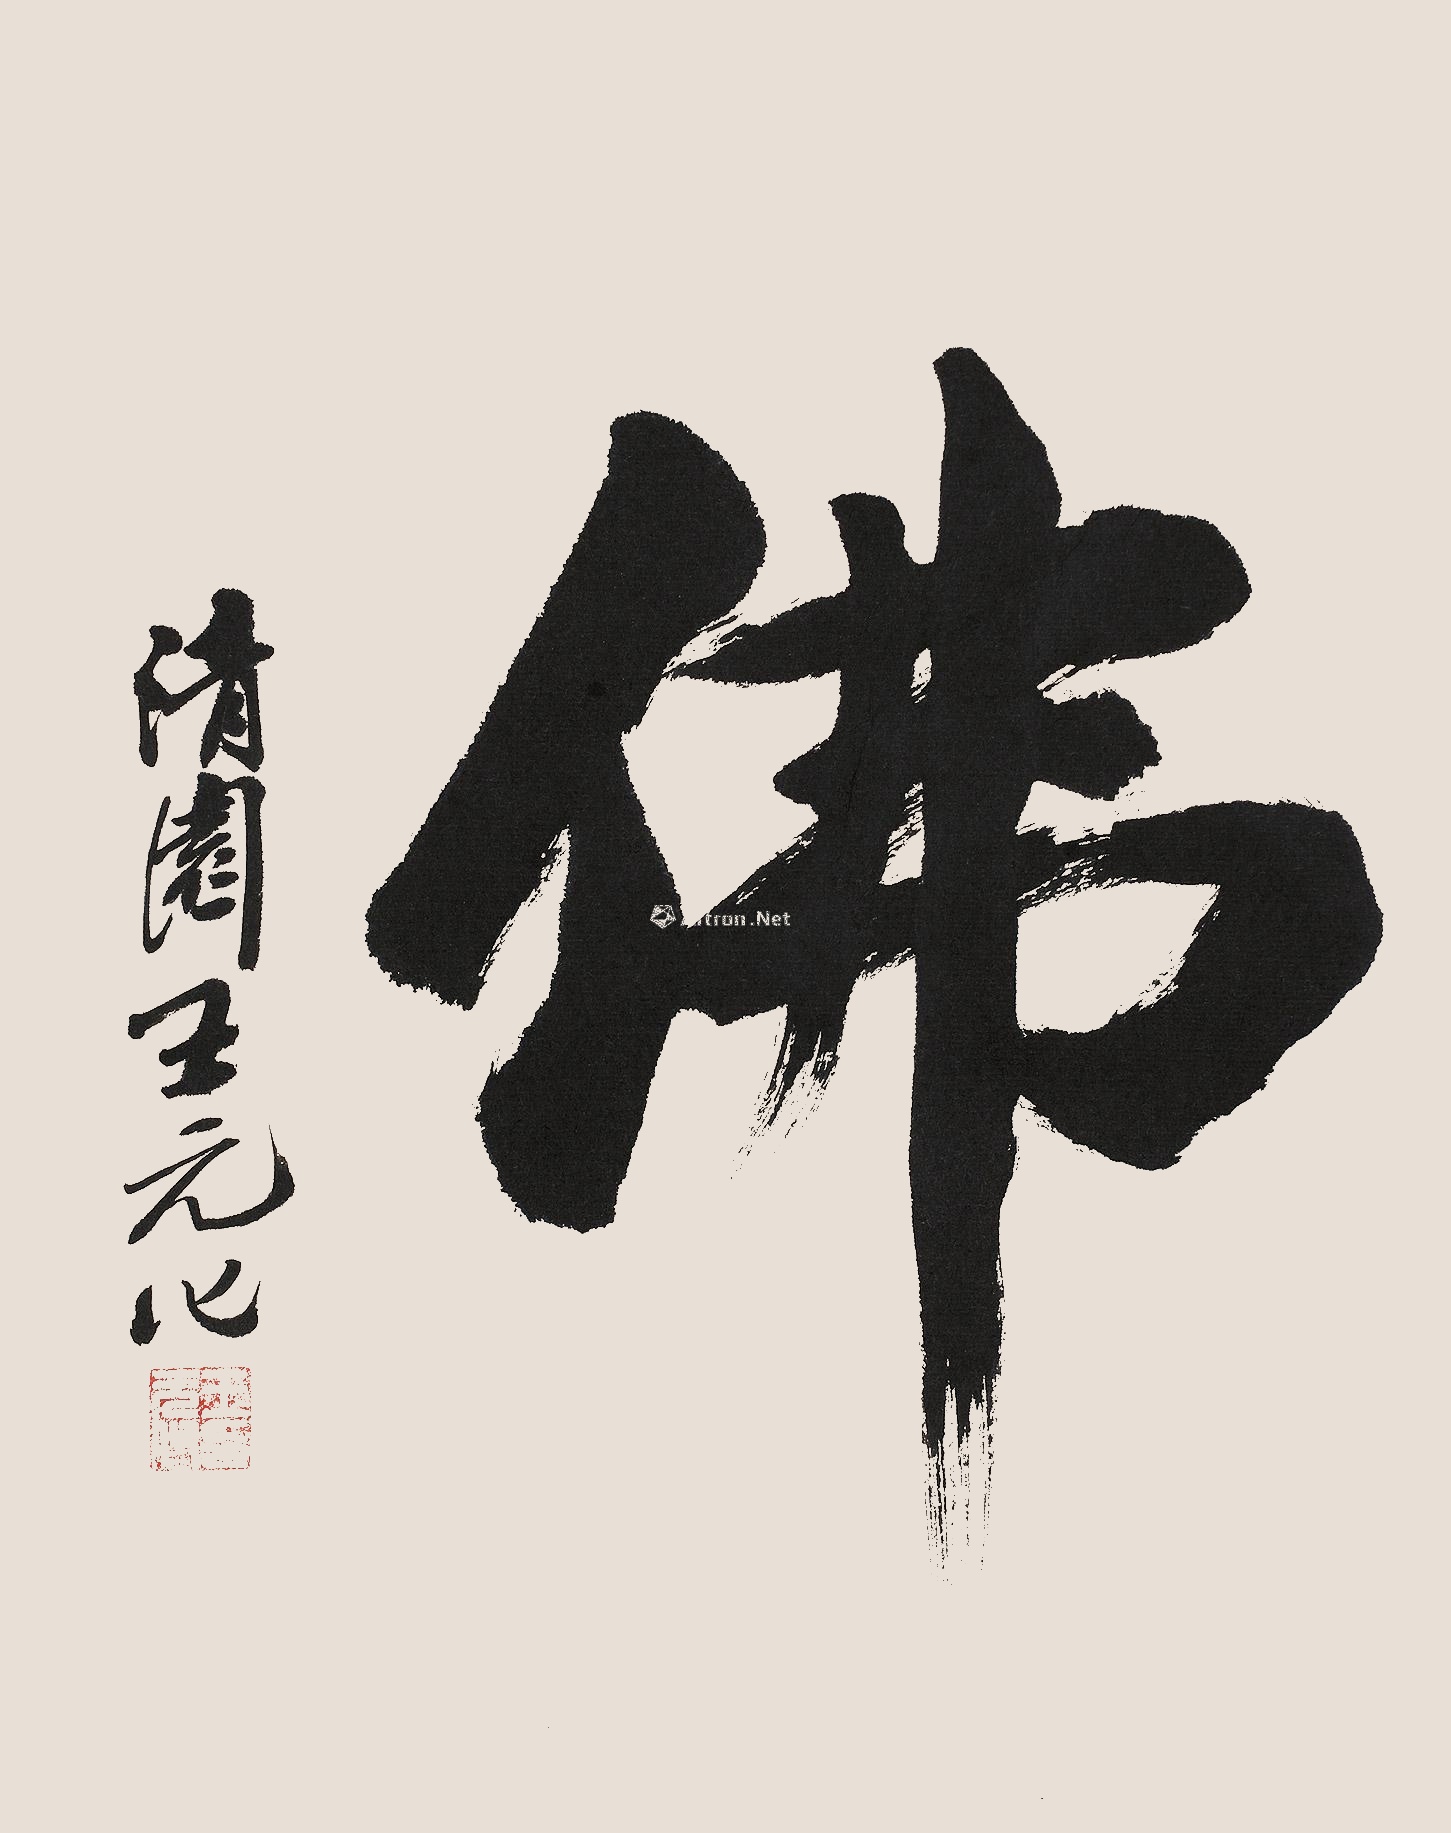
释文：佛清园王元化。